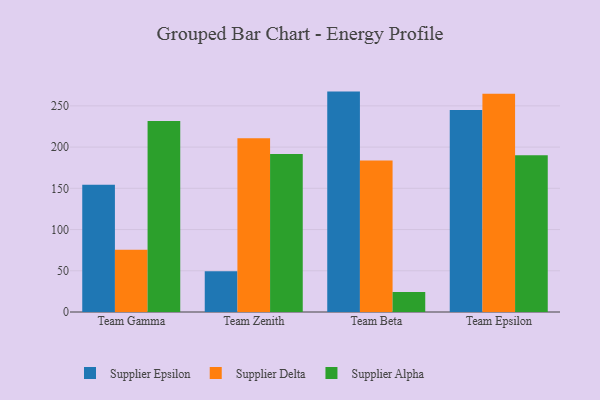
{"axis": {"x": "Team", "y": "Conversion Rate (%)"}, "legend": ["Supplier Alpha", "Supplier Delta", "Supplier Epsilon"], "data": [{"x": "Team Gamma", "y": 154.2, "type": "Supplier Epsilon"}, {"x": "Team Gamma", "y": 75.5, "type": "Supplier Delta"}, {"x": "Team Gamma", "y": 231.6, "type": "Supplier Alpha"}, {"x": "Team Zenith", "y": 49.4, "type": "Supplier Epsilon"}, {"x": "Team Zenith", "y": 210.8, "type": "Supplier Delta"}, {"x": "Team Zenith", "y": 191.7, "type": "Supplier Alpha"}, {"x": "Team Beta", "y": 267.3, "type": "Supplier Epsilon"}, {"x": "Team Beta", "y": 183.8, "type": "Supplier Delta"}, {"x": "Team Beta", "y": 24.2, "type": "Supplier Alpha"}, {"x": "Team Epsilon", "y": 245.1, "type": "Supplier Epsilon"}, {"x": "Team Epsilon", "y": 264.7, "type": "Supplier Delta"}, {"x": "Team Epsilon", "y": 190.0, "type": "Supplier Alpha"}]}